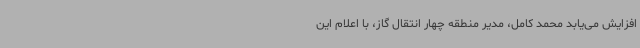
افزایش می‌یابد محمد کامل، مدیر منطقه چهار انتقال گاز، با اعلام این